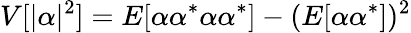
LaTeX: V[|\alpha|^{2}]=E[\alpha\alpha^{\ast}\alpha\alpha^{\ast}]-(E[\alpha\alpha^{\ast}])^{2}